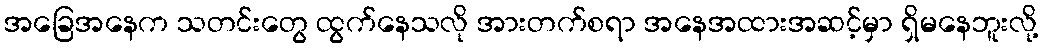
အခြေအနေက သတင်းတွေ ထွက်နေသလို အားတက်စရာ အနေအထားအဆင့်မှာ ရှိမနေဘူးလို့